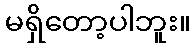
မရှိတော့ပါဘူး။